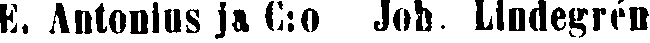
K. Antonius ja C:o Job. Lindegrén